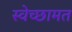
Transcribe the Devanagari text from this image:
स्वेच्छामत